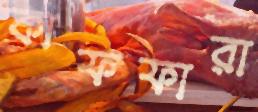
কাফফারা